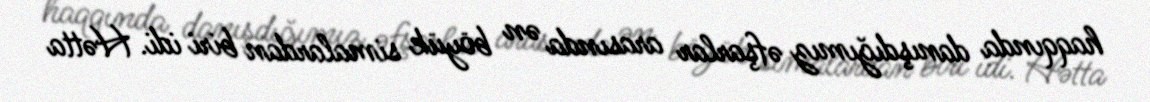
haqqında danışdığımız əfşarlar arasında ən böyük simalardan biri idi. Hətta